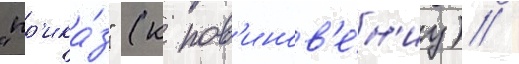
"пр'ика́з" (к пов'инов'е́н'иу) /